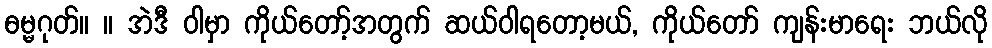
ဓမ္မဂုတ်။ ။ အဲဒီ ဝါမှာ ကိုယ်တော့်အတွက် ဆယ်ဝါရတော့မယ်, ကိုယ်တော် ကျန်းမာရေး ဘယ်လို